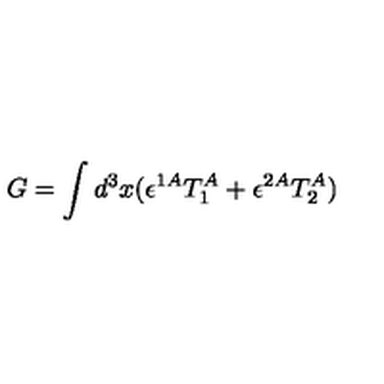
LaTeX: G = \int d ^ { 3 } x ( \epsilon ^ { 1 A } T _ { 1 } ^ { A } + \epsilon ^ { 2 A } T _ { 2 } ^ { A } )